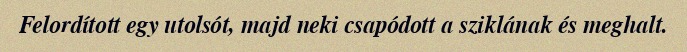
Felordított egy utolsót, majd neki csapódott a sziklának és meghalt.